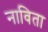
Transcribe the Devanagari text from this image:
नाविता